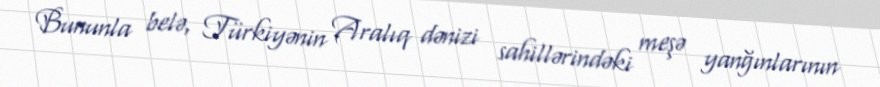
Bununla belə, Türkiyənin Aralıq dənizi sahillərindəki meşə yanğınlarının